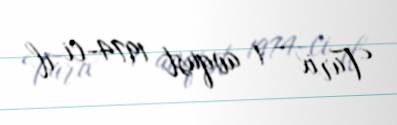
Tarix - 1 avqust 1974-ci il